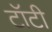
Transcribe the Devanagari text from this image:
टॉटी